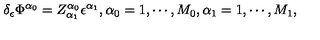
\delta _ { \epsilon } \Phi ^ { \alpha _ { 0 } } = Z _ { \alpha _ { 1 } } ^ { \alpha _ { 0 } } \epsilon ^ { \alpha _ { 1 } } , \alpha _ { 0 } = 1 , \cdots , M _ { 0 } , \alpha _ { 1 } = 1 , \cdots , M _ { 1 } ,